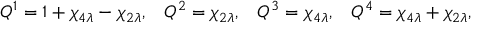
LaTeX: Q ^ { 1 } = 1 + \chi _ { 4 \lambda } - \chi _ { 2 \lambda } , \, \, \, \, \, Q ^ { 2 } = \chi _ { 2 \lambda } , \, \, \, \, \, Q ^ { 3 } = \chi _ { 4 \lambda } , \, \, \, \, \, Q ^ { 4 } = \chi _ { 4 \lambda } + \chi _ { 2 \lambda } ,